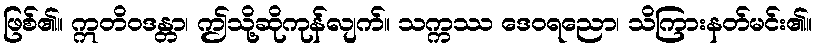
ဖြစ်၏။ ဣတိဝဒန္တာ၊ ဤသို့ဆိုကုန်လျက်။ သက္ကဿ ဒေဝရညော၊ သိကြားနတ်မင်း၏။